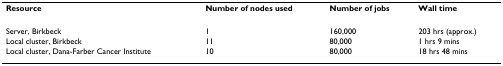
<table><thead><tr><td><b>Resource</b></td><td><b>Number of nodes used</b></td><td><b>Number of jobs</b></td><td><b>Wall time</b></td></tr></thead><tbody><tr><td>Server, Birkbeck</td><td>1</td><td>160,000</td><td>203 hrs (approx.)</td></tr><tr><td>Local cluster, Birkbeck</td><td>11</td><td>80,000</td><td>1 hrs 9 mins</td></tr><tr><td>Local cluster, Dana-Farber Cancer Institute</td><td>10</td><td>80,000</td><td>18 hrs 48 mins</td></tr></tbody></table>